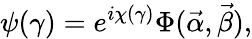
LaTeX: \psi(\gamma)=e^{i\chi(\gamma)}\Phi(\vec{\alpha},\vec{\beta}),